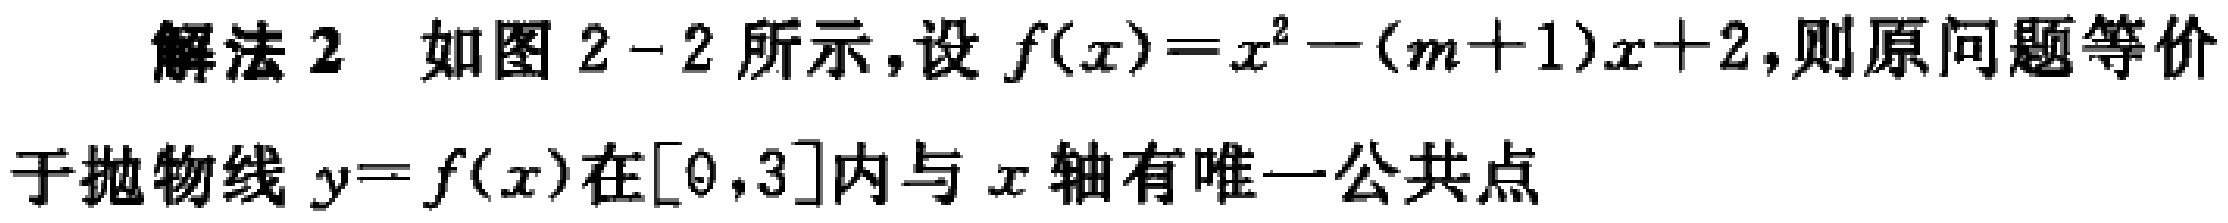
解法 2 如图 2-2 所示，设 \(f(x)=x^{2}-(m + 1)x + 2\)，则原问题等价于抛物线 \(y = f(x)\)在\([0,3]\)内与 \(x\) 轴有唯一公共点